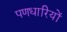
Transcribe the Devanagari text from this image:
पणधारियों